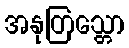
အနုတြသ္တော